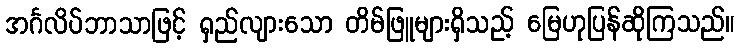
အင်္ဂလိပ်ဘာသာဖြင့် ရှည်လျားသော တိမ်ဖြူများရှိသည့် မြေဟုပြန်ဆိုကြသည်။